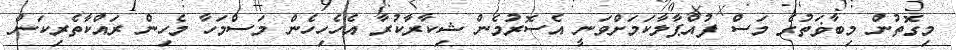
މިގޮތުން މިބާޥަތުގެ މަސް ފުއްޕާލާކަމަށްވަނީ އެސޮރުމެން ޝިކާރާކުރާ އެހެހިހެން މަސްމަހާ މެހިން ރައްކާތެރިކަން